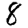
Digit: 8